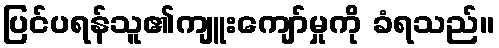
ပြင်ပရန်သူ၏ကျူးကျော်မှုကို ခံရသည်။